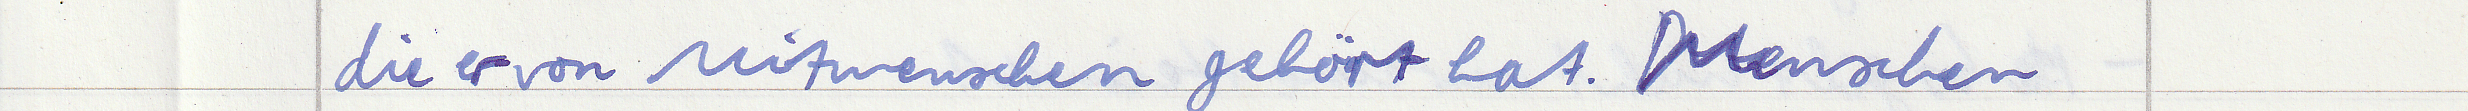
die er von Mitmenschen gehört hat. Menschenn